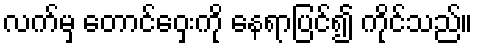
လက်မှ တောင်ဝှေးကို နေရာပြင်၍ ကိုင်သည်။